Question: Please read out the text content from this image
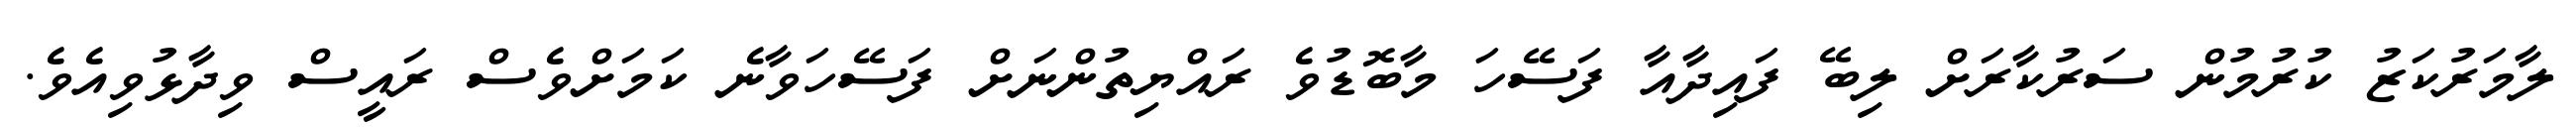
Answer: ލާމަރުކަޒު ކުރުމުން ސަރުކާރަށް ލިބޭ ފައިދާއާ ފަސޭހަ މާބޮޑުވެ ރައްޔިތުންނަށް ފަސޭހަވާނެ ކަމަށްވެސް ރައީސް ވިދާޅުވިއެވެ.